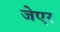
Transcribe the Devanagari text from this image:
जेएर